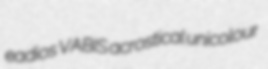
eadios VABIS acrostical unicolour